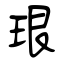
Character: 珢